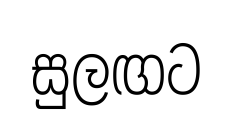
සුලඟට